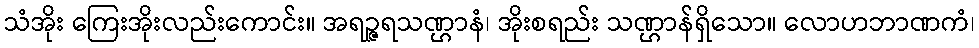
သံအိုး ကြေးအိုးလည်းကောင်း။ အရဉ္ဇရသဏ္ဌာနံ၊ အိုးစရည်း သဏ္ဌာန်ရှိသော။ လောဟဘာဏကံ၊